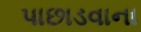
પાછાડવાના